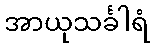
အာယုသင်္ခါရံ